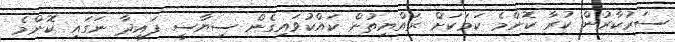
ސަރުކާރުން ކުރާ ކޮންމެ ކަމަކަށް ރައްޔިތުން ކައްކުވައިގެން ސިޔާސީ ފައިދާ ނަގައި ކޮންމެ